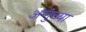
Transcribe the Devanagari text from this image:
अणुंच्या